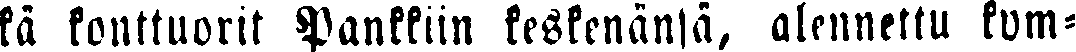
kä konttuorit Pankkiin keskenänsä, alennettu kym-